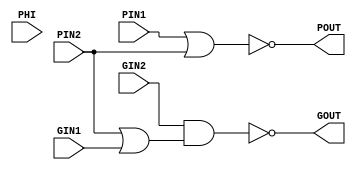
module BLOCK1 ( PIN1, PIN2, GIN1, GIN2, PHI, POUT, GOUT );
input  PIN1;
input  PIN2;
input  GIN1;
input  GIN2;
input  PHI;
output POUT;
output GOUT;
   assign POUT =  ~ (PIN1 | PIN2);
   assign GOUT =  ~ (GIN2 & (PIN2 | GIN1));
endmodule